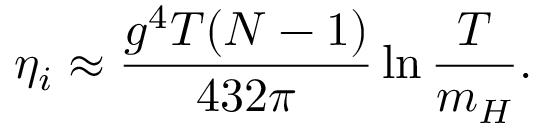
\eta _ { i } \approx \frac { g ^ { 4 } T ( N - 1 ) } { 4 3 2 \pi } \ln \frac T { m _ { H } } .